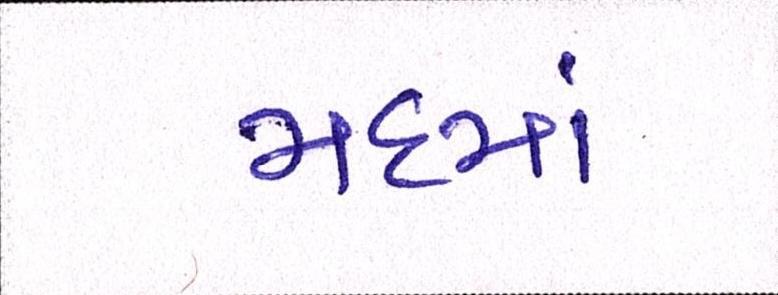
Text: મદમાં